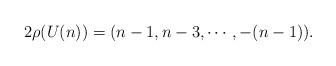
LaTeX: \begin{align*} 2\rho(U(n)) = (n-1, n-3,\cdots,-(n-1)). \end{align*}